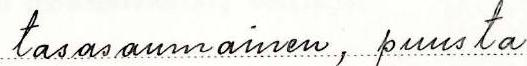
tasasaumainen, puusta